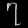
Digit: ၇